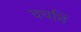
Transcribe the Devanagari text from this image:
वचनिं